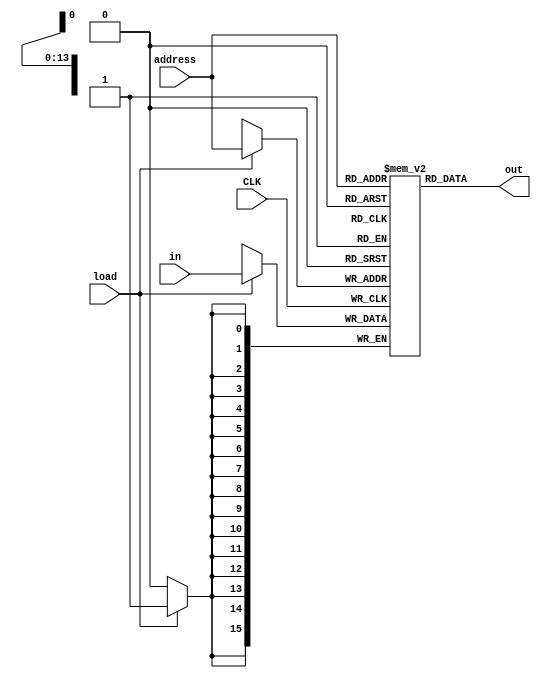
`timescale 1ns / 1ps

module RAM16K(
  input signed [15:0] in,
  input [13:0] address,
  input load,
  output wire signed [15:0] out,
  input CLK
  );

  reg signed [15:0] data [0:16383];
  integer i;
  initial begin
    for (i = 0; i <= 16383; i = i+1) 
      data[i] = 16'b0;
  end
  
  assign out = data[address];

  always @(posedge CLK) begin
    if (load)
      data[address] <= in;
  end
endmodule